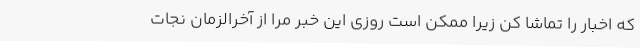
که اخبار را تماشا کن زیرا ممکن است روزی این خبر مرا از آخرالزمان نجات